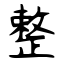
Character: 整